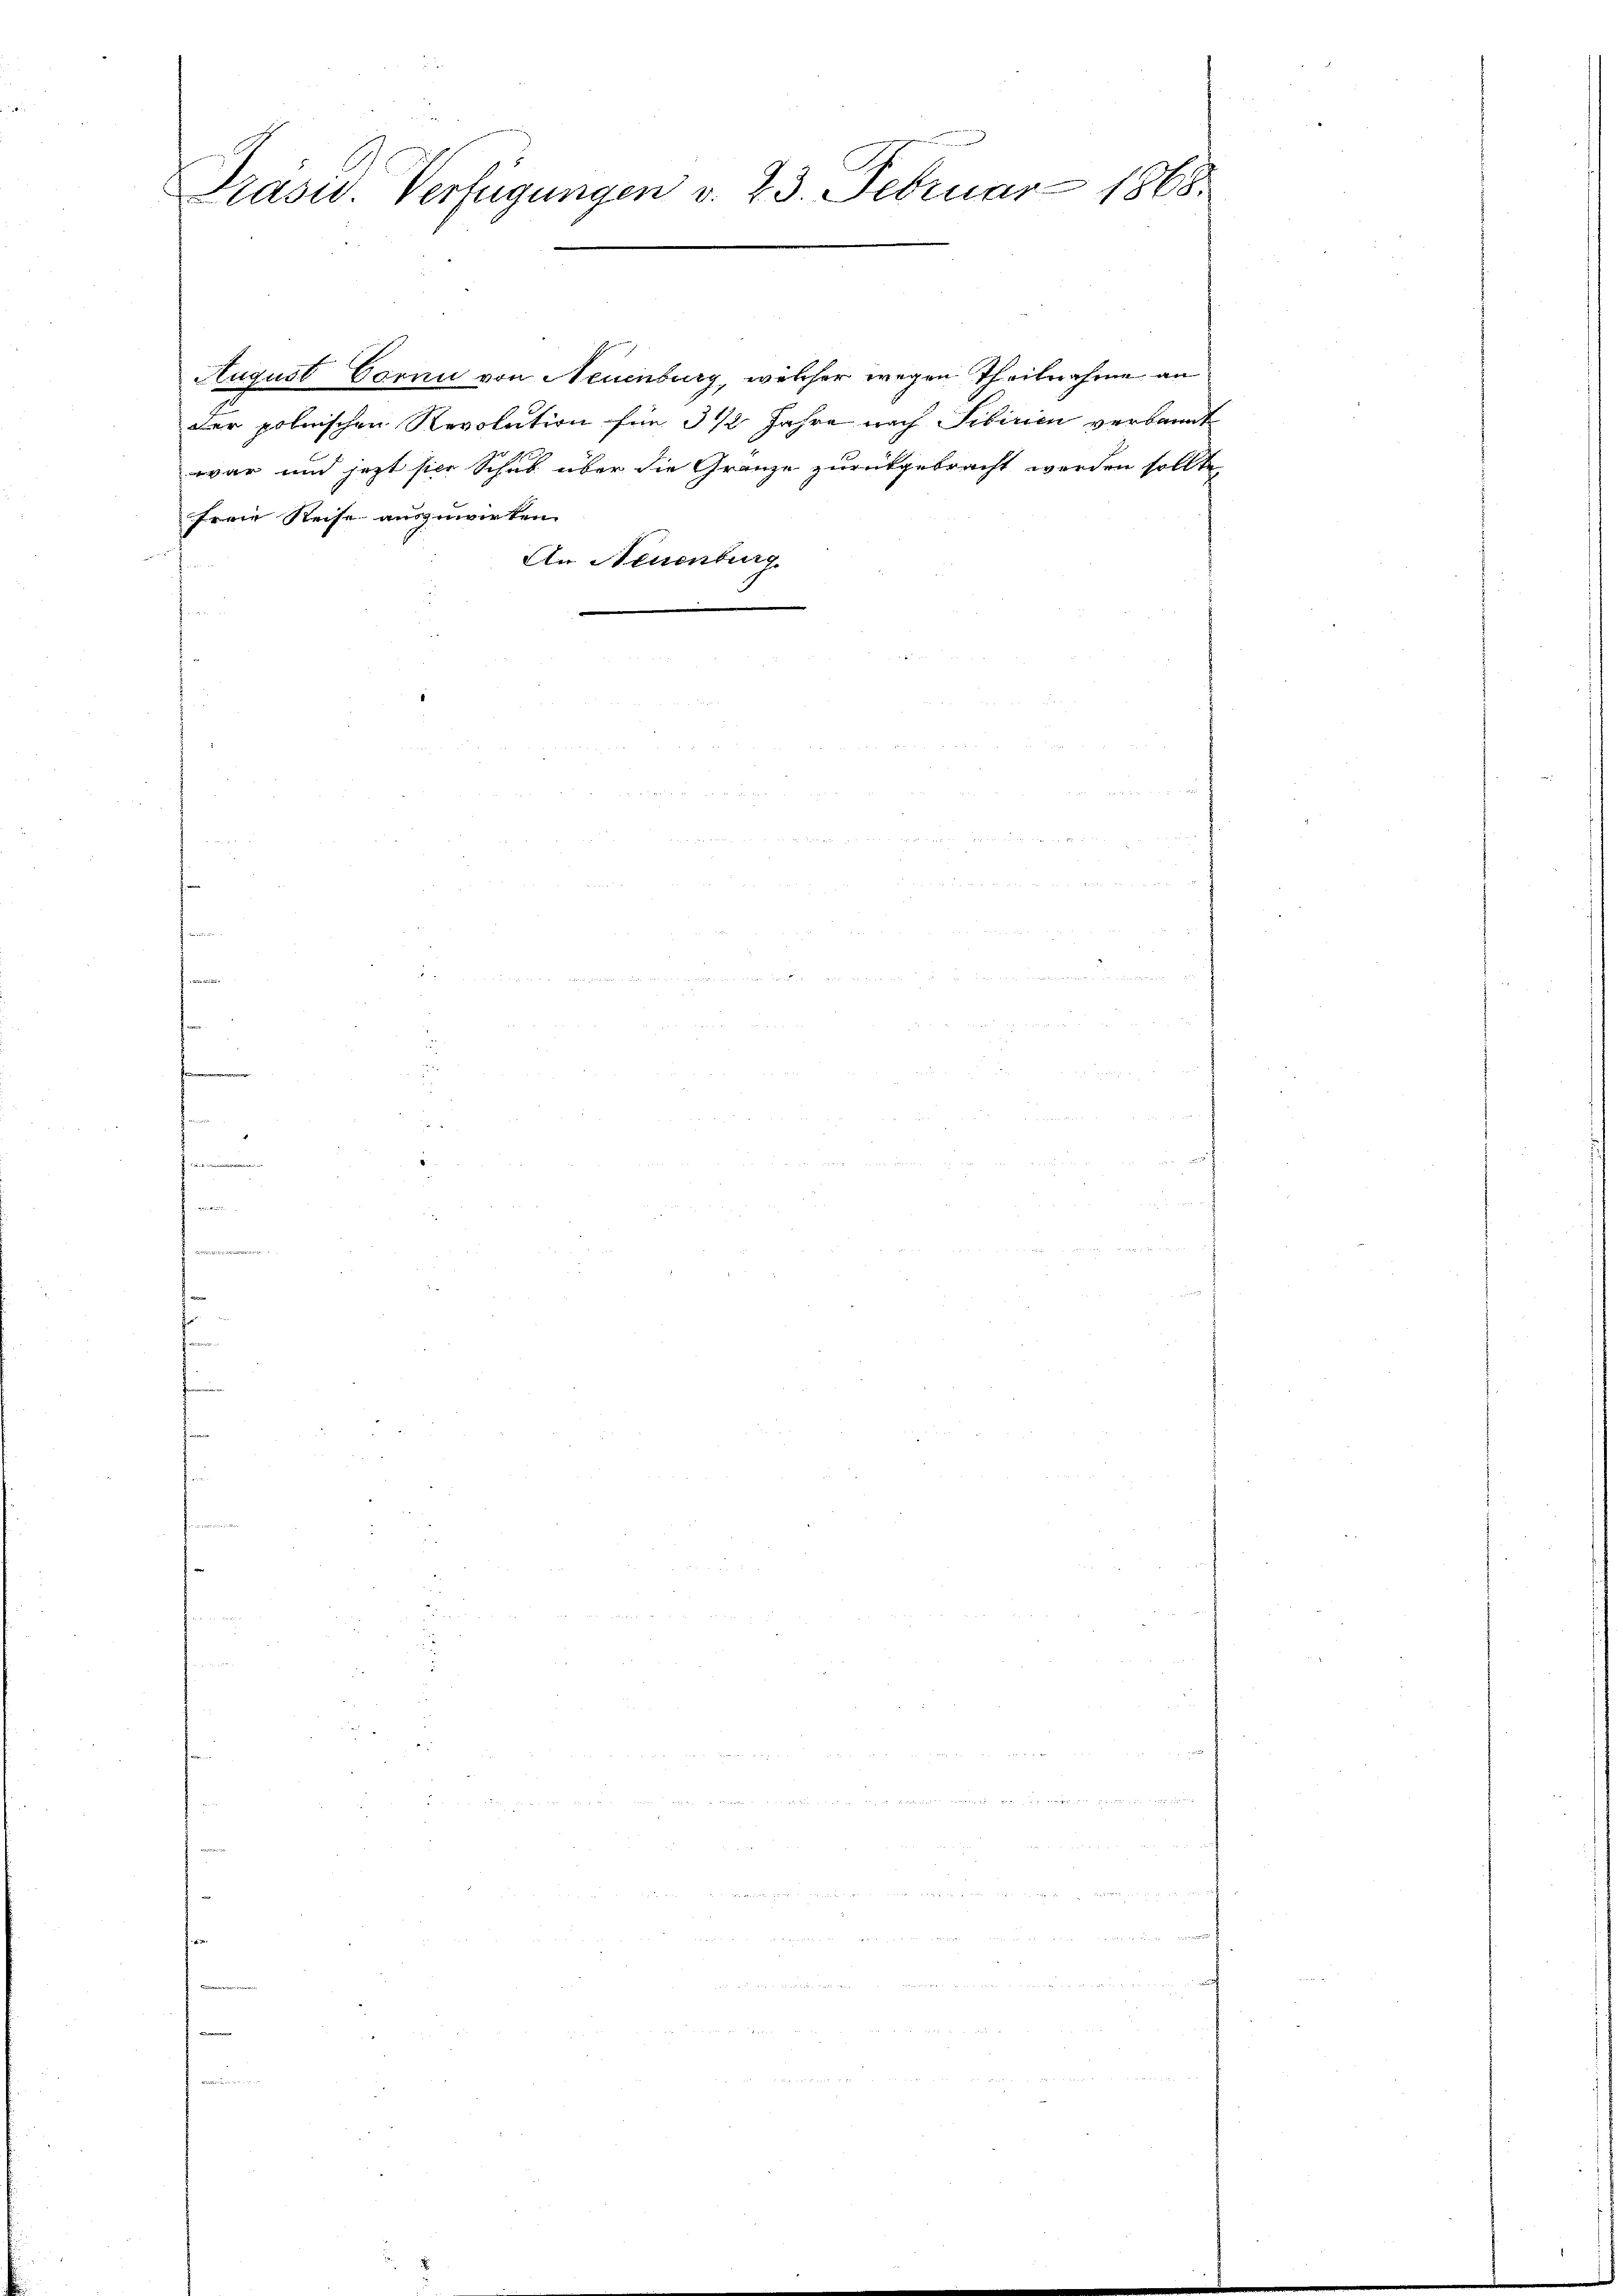
Präsid. Verfügungen v. 23. Februar 1868.

August Corni von Neuenburg, welcher wegen Theilnahme an
Der polnischen Revolution für 3 1/2 Jahre nach Sibirien verkannt
war und jetzt sie Schub über die Gränze zurückgebracht werden sollte,
freie Reise auszuwirken.
An Neuenburg.

.